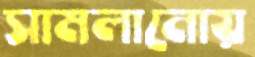
সামলানোয়